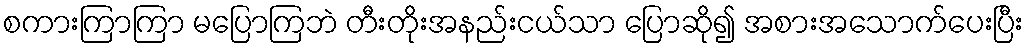
စကားကြာကြာ မပြောကြဘဲ တီးတိုးအနည်းငယ်သာ ပြောဆို၍ အစားအသောက်ပေးပြီး